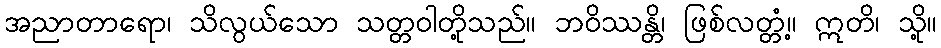
အညာတာရော၊ သိလွယ်သော သတ္တဝါတို့သည်။ ဘဝိဿန္တိ၊ ဖြစ်လတ္တံ့။ ဣတိ၊ သို့။